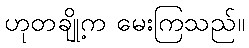
ဟုတချို့က မေးကြသည်။